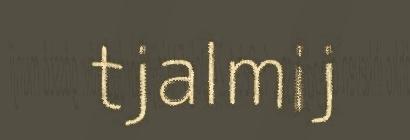
tjalmij